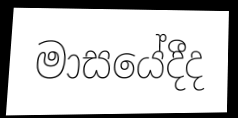
මාසයේදීද